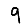
Digit: 9